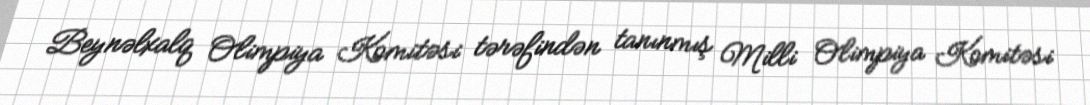
Beynəlxalq Olimpiya Komitəsi tərəfindən tanınmış Milli Olimpiya Komitəsi